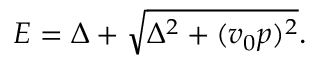
\begin{array} { r } { E = \Delta + \sqrt { \Delta ^ { 2 } + ( v _ { 0 } p ) ^ { 2 } } . } \end{array}